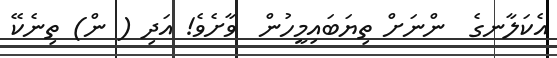
އެކަލާނގެ  ންނަށް ތިޔަބައިމީހުން  ވާށެވެ! އަދި ( ން) ތިނެކޭ